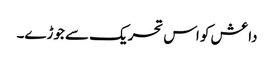
داعش کو اس تحریک سے جوڑے۔